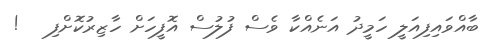
ބާއްވައިފިއަލީ ހަމީދު އަނެއްކާ ވެސް ފުލުސް އޮފީހަށް ހާޒިރުކޮށްފި   !